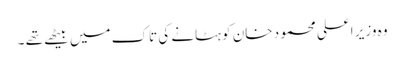
وہ وزیر اعلی محمود خان کو ہٹانے کی تاک میں بیٹھے تھے ۔